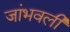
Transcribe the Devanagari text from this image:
जांभवली